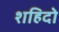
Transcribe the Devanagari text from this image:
शहिदो